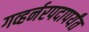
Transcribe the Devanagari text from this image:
गव्हर्नरपदापर्यंत